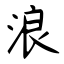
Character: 浪